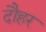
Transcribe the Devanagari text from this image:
दौहर